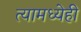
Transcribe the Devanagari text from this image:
त्यामध्येही